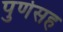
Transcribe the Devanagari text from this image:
पुणेसह